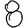
Digit: 8